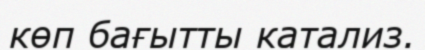
көп бағытты катализ.